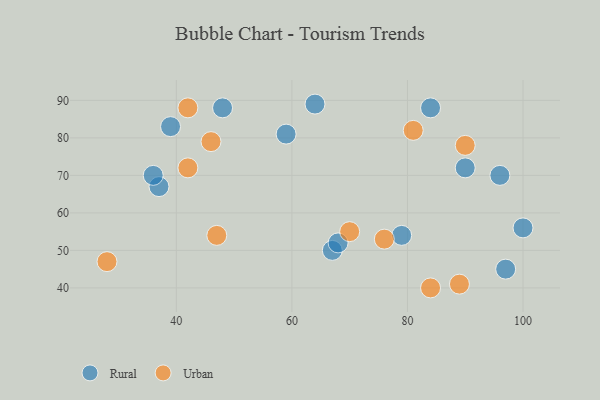
{"axis": {"x": "GDP", "y": "Life Expectancy"}, "legend": ["Rural", "Urban"], "data": [{"x": "79", "y": 54, "type": "Rural"}, {"x": "64", "y": 89, "type": "Rural"}, {"x": "37", "y": 67, "type": "Rural"}, {"x": "67", "y": 50, "type": "Rural"}, {"x": "84", "y": 88, "type": "Rural"}, {"x": "90", "y": 72, "type": "Rural"}, {"x": "36", "y": 70, "type": "Rural"}, {"x": "59", "y": 81, "type": "Rural"}, {"x": "96", "y": 70, "type": "Rural"}, {"x": "68", "y": 52, "type": "Rural"}, {"x": "39", "y": 83, "type": "Rural"}, {"x": "48", "y": 88, "type": "Rural"}, {"x": "97", "y": 45, "type": "Rural"}, {"x": "100", "y": 56, "type": "Rural"}, {"x": "84", "y": 40, "type": "Urban"}, {"x": "47", "y": 54, "type": "Urban"}, {"x": "89", "y": 41, "type": "Urban"}, {"x": "46", "y": 79, "type": "Urban"}, {"x": "70", "y": 55, "type": "Urban"}, {"x": "76", "y": 53, "type": "Urban"}, {"x": "90", "y": 78, "type": "Urban"}, {"x": "81", "y": 82, "type": "Urban"}, {"x": "28", "y": 47, "type": "Urban"}, {"x": "42", "y": 72, "type": "Urban"}, {"x": "42", "y": 88, "type": "Urban"}]}